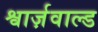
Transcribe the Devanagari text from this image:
श्वार्ज़वाल्ड